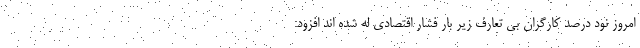
امروز نود درصد کارگران بی تعارف زیر بار فشار اقتصادی له شده اند افزود: